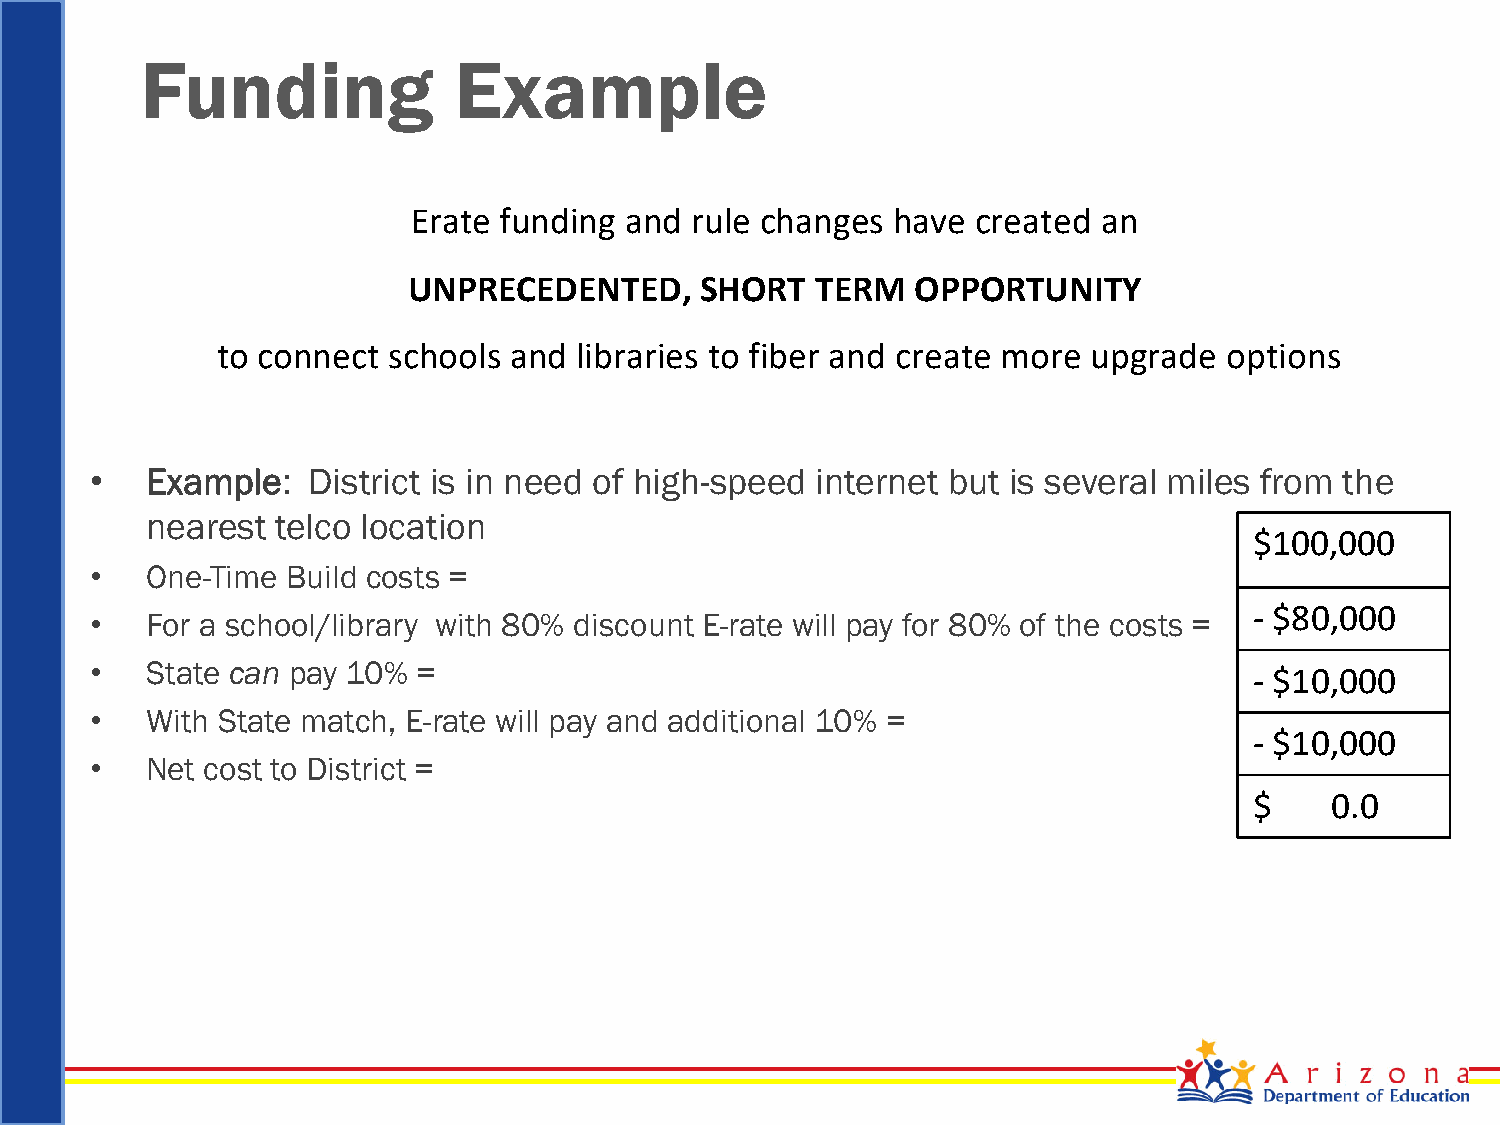
Funding              Example
 Erate funding and  rule changes have  created an
 UNPRECEDENTED,     SHORT   TERM   OPPORTUNITY
 to connect  schools and libraries to fiber and create more upgrade options
 •   Example:  District is in need of high-speed internet but is several miles from the
 nearest telco location
 $100,000
 •   One-Time Build costs =
 - $80,000
 •   For a school/library with 80% discount E-rate will pay for 80% of the costs =
 •   State can pay 10% =                                                      - $10,000
 •   With State match, E-rate will pay and additional 10% =
 - $10,000
 •   Net cost to District =
 $    0.0